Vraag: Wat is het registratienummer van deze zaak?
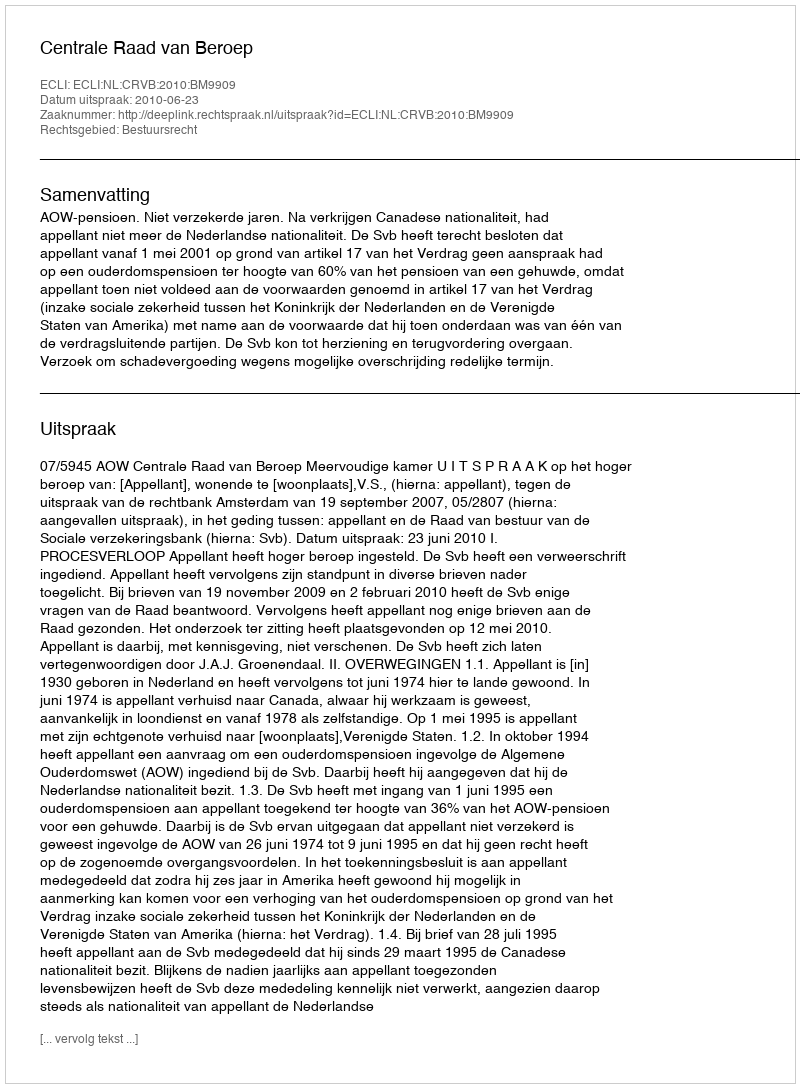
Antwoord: http://deeplink.rechtspraak.nl/uitspraak?id=ECLI:NL:CRVB:2010:BM9909